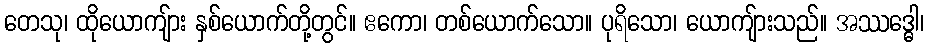
တေသု၊ ထိုယောကျ်ား နှစ်ယောက်တို့တွင်။ ဧကော၊ တစ်ယောက်သော။ ပုရိသော၊ ယောကျ်ားသည်။ အဿဒ္ဓေါ၊